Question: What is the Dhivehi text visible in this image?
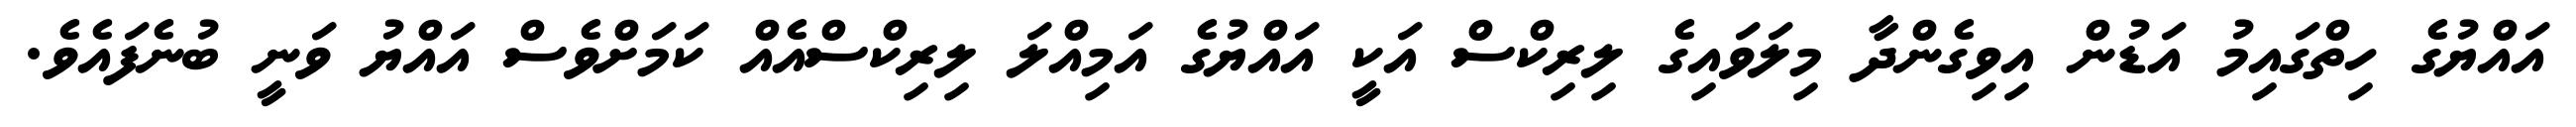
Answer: އައްޔުގެ ހިތްގައިމު އަޑުން އިވިގެންދާ މިލަވައިގެ ލިރިކްސް އަކީ އައްޔުގެ އަމިއްލަ ލިރިކްސްއެއް ކަމަށްވެސް އައްޔު ވަނީ ބުނެފައެވެ.